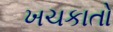
ખચકાતો